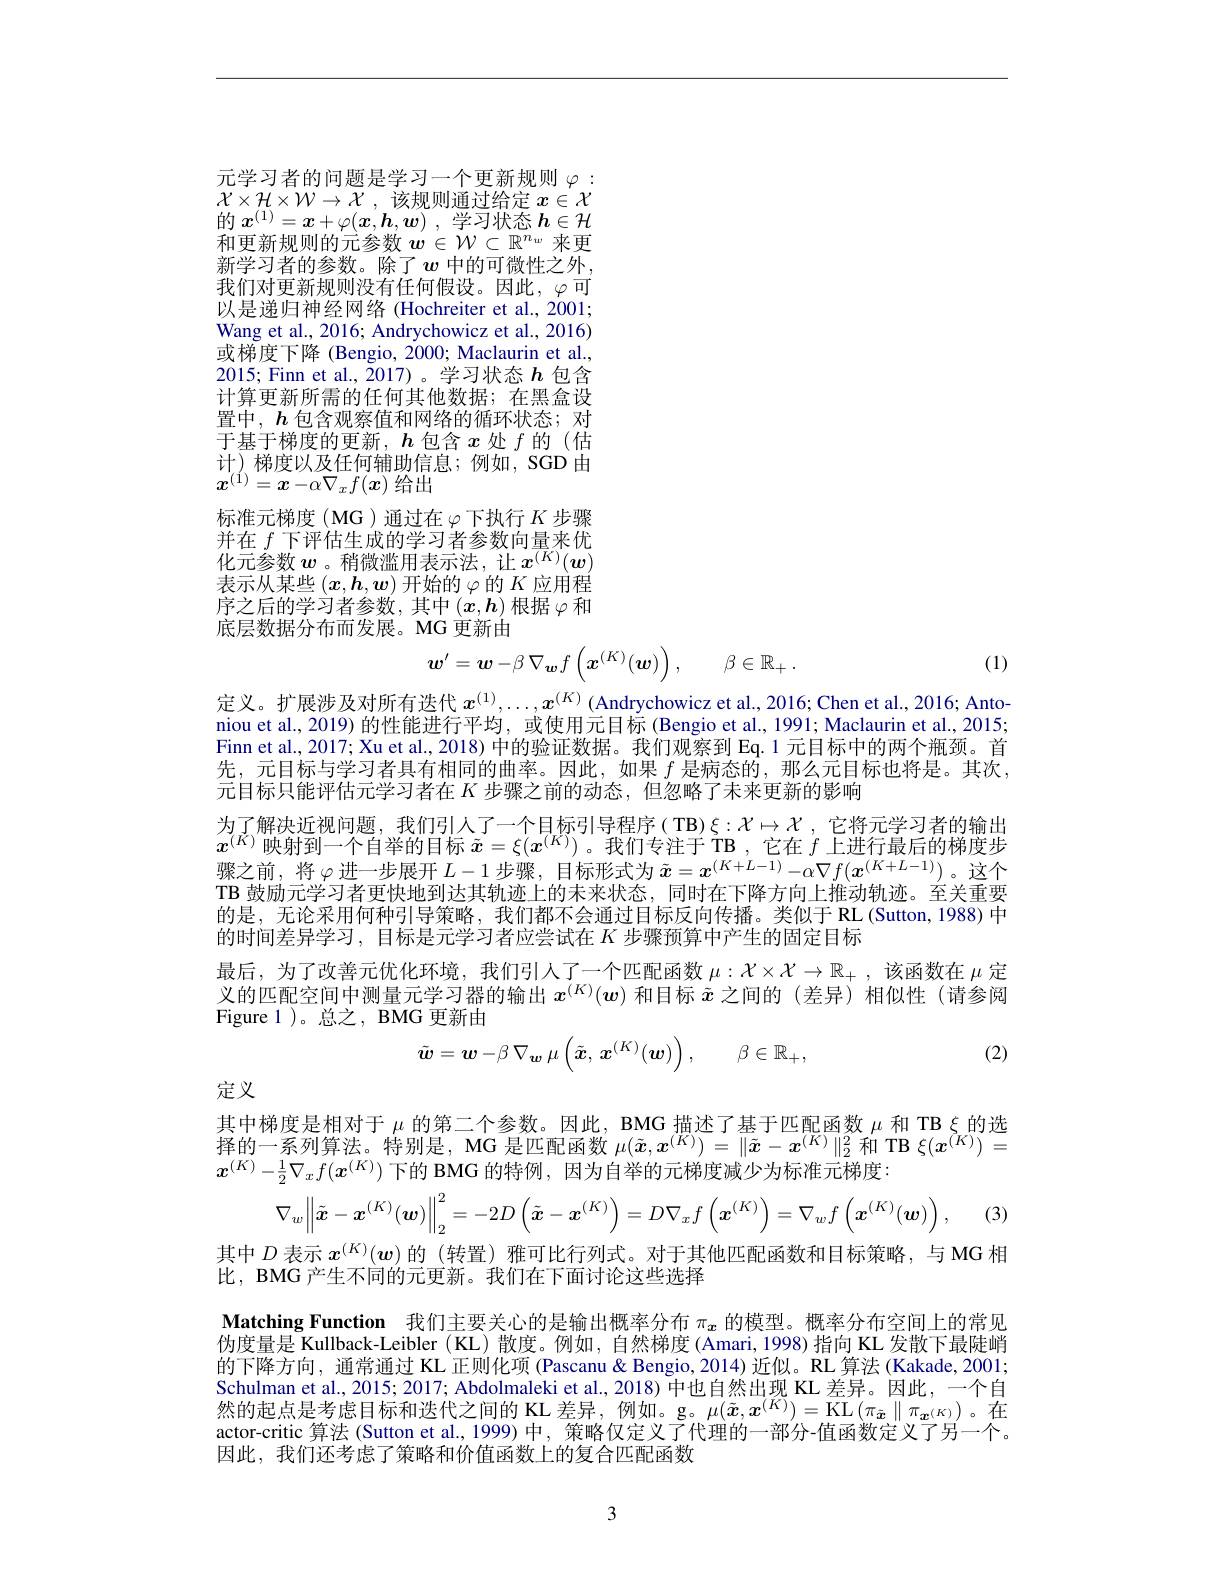
元学习者的问题是学习一个更新规则$\varphi:$ $\mathcal{X} \times \mathcal{H} \times \mathcal{W} \to \mathcal{X}$ ,该规则通过给定 $x\in\mathcal{X}$ $\begin{array}{l}\text{的 }x^{(1)}=\boldsymbol{x}+\varphi(\boldsymbol{x},\boldsymbol{h},\boldsymbol{w})\:,\text{ 学习状态 }\boldsymbol{h}\in\mathcal{H}\\\text{和更新规则的元参数 }\boldsymbol{w}\in\mathcal{W}\subset\mathbb{R}^{n_w}\:\text{来更}\end{array}$ 新学习者的参数。除了$w$中的可微性之外， 我们对更新规则没有任何假设。因此，$\varphi$可以是递归神经网络(Hochreiter et al., 2001; Wang et al., 2016; Andrychowicz et al., 2016) 或梯度下降 (Bengio, 2000; Maclaurin et al., 2015; Finn et al.,2017)。学习状态$h$包含计算更新所需的任何其他数据；在黑盒设置中，$\boldsymbol{h}$包含观察值和网络的循环状态；对于基于梯度的更新，$h$包含$x$处$f$的(估计)梯度以及任何辅助信息；例如，SGD由$x^{(1)}=x-\alpha\nabla_xf(\boldsymbol{x})$给出
标准元梯度(MG)通过在$\varphi$下执行$K$步骤并在$f$下评估生成的学习者参数向量来优化元参数$w$ 。稍微滥用表示法，让$x^(\overline{K})(\boldsymbol{w})$ 表示从某些$(\boldsymbol{x},\boldsymbol{h},\boldsymbol{w})$开始的$\varphi$的$K$应用程序之后的学习者参数，其中$\left(x,\boldsymbol{h}\right)$根据$\varphi$和底层数据分布而发展。MG 更新由

(1)
$$\boldsymbol{w}'=\boldsymbol{w}-\beta\:\nabla_{\boldsymbol{w}}f\left(\boldsymbol{x}^{(K)}(\boldsymbol{w})\right),\quad\beta\in\mathbb{R}_{+}\:.$$
定义。扩展涉及对所有迭代$x^(1),\ldots,x^{(K)}$ (Andrychowicz et al., 2016; Chen et al., 2016; Anto niou et al., 2019) 的性能进行平均，或使用元目标 (Bengio et al., 1991; Maclaurin et al., 2015; Finn et al., 2017; Xu et al., 2018) 中的验证数据。我们观察到 Eq. 1 元目标中的两个瓶颈。首先，元目标与学习者具有相同的曲率。因此，如果$f$是病态的，那么元目标也将是。其次， 元目标只能评估元学习者在$K$步骤之前的动态，但忽略了未来更新的影响
为了解决近视问题，我们引人了一个目标引导程序(TB)$\xi:\mathcal{X}\mapsto\mathcal{X}$ ,它将元学习者的输出$x^{( K) }$ 映 射 到 一 个 自 举 的 目 标 $\tilde{x} = \xi ( \boldsymbol{x}^{( K) })$。我 们 专 注 于 TB , 它 在 $f$ 上 进 行 最 后 的 梯 度 步 骤 之 前 , 将 $\varphi$进 一 步 展 开 $L- 1$ 步 骤 , 目 标 形 式 为 $\tilde{x} = x^{( K+ L- 1) }- \alpha \nabla f( \boldsymbol{x}^{( K+ L- 1) })$。这 个 Pretile $= - \omega$ $\psi$ $\varphi$ 进 一 步 展 开 $L- 1$ 步 骤 , 目 标 形 式 为 $\tilde{x} = x^{( K+ L- 1) }- \alpha \nabla f( \boldsymbol{x}^{( K+ L- 1) })$。这 个TB 鼓励元学习者更快地到达其轨迹上的未来状态，同时在下降方向上推动轨迹。至关重要的是，无论采用何种引导策略，我们都不会通过目标反向传播。类似于 RL (Sutton,1988) 中的时间差异学习，目标是元学习者应尝试在$K$步骤预算中产生的固定目标
最后，为了改善元优化环境，我们引人了一个匹配函数$\mu:\mathcal{X}\times\mathcal{X}\to\mathbb{R}_+$ ,该函数在$\mu$定义的匹配空间中测量元学习器的输出$x^{(K)}(w)$和目标$\tilde{x}$之间的 (差异)相似性 (请参阅Figure 1 )。总之，BMG 更新由
$$\tilde{\boldsymbol{w}}=\boldsymbol{w}-\beta\:\nabla_{\boldsymbol{w}}\:\mu\left(\tilde{\boldsymbol{x}},\:\boldsymbol{x}^{(K)}(\boldsymbol{w})\right),\quad\beta\in\mathbb{R}_{+},$$
(2)

定义

其中梯度是相对于$\mu$的第二个参数。因此，BMG 描述了基于匹配函数$\mu$和 TB $\xi$的选择的一系列算法。特别是，MG 是匹配函数$\mu(\tilde{x},\boldsymbol{x}^{(K)})=\|\tilde{x}-\boldsymbol{x}^{(K)}\|_2^2$和 TB $\xi(\boldsymbol{x}^{(K)})=$ $x^{(K)}-\frac12\nabla_xf(x^{(K)})$下的 BMG 的特例，因为自举的元梯度减少为标准元梯度：
$$\nabla_w\left\|\tilde{\boldsymbol{x}}-\boldsymbol{x}^{(K)}(\boldsymbol{w})\right\|_2^2=-2D\left(\tilde{\boldsymbol{x}}-\boldsymbol{x}^{(K)}\right)=D\nabla_xf\left(\boldsymbol{x}^{(K)}\right)=\nabla_wf\left(\boldsymbol{x}^{(K)}(\boldsymbol{w})\right),$$
(3)

其中$D$表示$x^{(K)}(w)$的 (转置) 雅可比行列式。对于其他匹配函数和目标策略，与 MG 相
比，BMG 产生不同的元更新。我们在下面讨论这些选择

Matching Function 我们主要关心的是输出概率分布$\pi_x$的模型。概率分布空间上的常见伪度量是 Kullback-Leibler ( KL) 散度。例如，自然梯度 (Amari, 1998) 指向 KL 发散下最陡峭的下降方向，通常通过 KL 正则化项 (Pascanu & Bengio, 2014) 近似。RL 算法 (Kakade, 2001; Schulman et al., 2015; 2017; Abdolmaleki et al., 2018) 中也自然出现 KL 差异。因此，一个自然的起点是考虑目标和迭代之间的 KL 差异，例如。g。$\mu(\tilde{\boldsymbol{x}},\boldsymbol{x}^{(K)})=\operatorname{KL}\left(\pi_{\tilde{\boldsymbol{x}}}\parallel\pi_{{\boldsymbol{x}}^{(K)}}\right)$。在actor-critic 算法 (Sutton et al., 1999) 中，策略仅定义了代理的一部分-值函数定义了另一个。因此，我们还考虑了策略和价值函数上的复合匹配函数

3